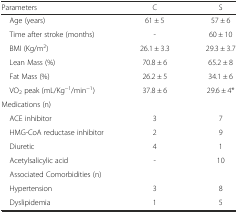
<table><thead><tr><td><b>Parameters</b></td><td><b>C</b></td><td><b>S</b></td></tr></thead><tbody><tr><td> Age (years)</td><td>61 ± 5</td><td>57 ± 6</td></tr><tr><td> Time after stroke (months)</td><td>-</td><td>60 ± 10</td></tr><tr><td> BMI (Kg/m<sup>2</sup>)</td><td>26.1 ± 3.3</td><td>29.3 ± 3.7</td></tr><tr><td> Lean Mass (%)</td><td>70.8 ± 6</td><td>65.2 ± 8</td></tr><tr><td> Fat Mass (%)</td><td>26.2 ± 5</td><td>34.1 ± 6</td></tr><tr><td> VO<sub>2</sub> peak (mL/Kg<sup>−1</sup>/min<sup>−1</sup>)</td><td>37.8 ± 6</td><td>29.6 ± 4*</td></tr><tr><td>Medications (n)</td><td></td><td></td></tr><tr><td> ACE inhibitor</td><td>3</td><td>7</td></tr><tr><td> HMG-CoA reductase inhibitor</td><td>2</td><td>9</td></tr><tr><td> Diuretic</td><td>4</td><td>1</td></tr><tr><td> Acetylsalicylic acid</td><td>-</td><td>10</td></tr><tr><td> Associated Comorbidities (n)</td><td></td><td></td></tr><tr><td> Hypertension</td><td>3</td><td>8</td></tr><tr><td> Dyslipidemia</td><td>1</td><td>5</td></tr></tbody></table>